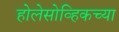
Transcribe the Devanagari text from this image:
होलेसोव्हिकच्या